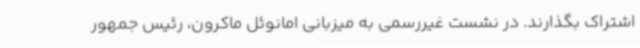
اشتراک بگذارند. در نشست غیررسمی به میزبانی امانوئل ماکرون، رئیس جمهور